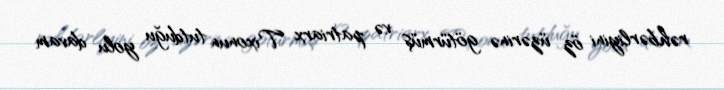
rəhbərliyini öz üzərinə götürmüş və patriarx Tixonun tutduğu yolu davam